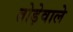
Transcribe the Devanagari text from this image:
तोड़ेवाले